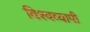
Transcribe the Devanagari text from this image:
विश्‍वव्‍यापी